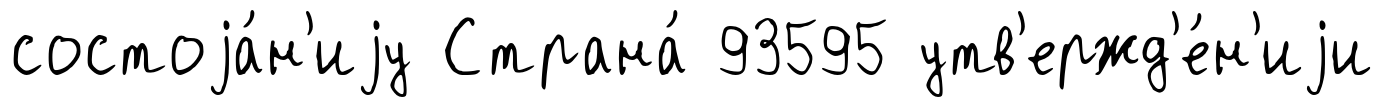
состоjа́н'иjу Страна́ 93595 утв'ержд'е́н'иjи